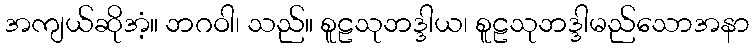
အကျယ်ဆိုအံ့။ ဘဂဝါ၊ သည်။ စူဠသုဘဒ္ဒါယ၊ စူဠသုဘဒ္ဒါမည်သောအနာ